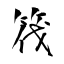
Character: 筏